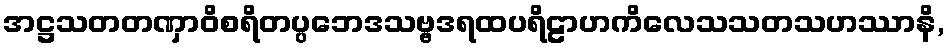
အဋ္ဌသတတဏှာဝိစရိတပ္ပဘေဒသဗ္ဗဒရထပရိဠာဟကိလေသသတသဟဿာနိ,